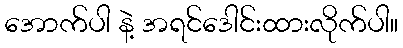
အောက်ပါ နဲ့ အရင်ဒေါင်းထားလိုက်ပါ။